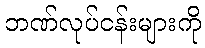
ဘဏ်လုပ်ငန်းများကို